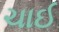
ચાઈ